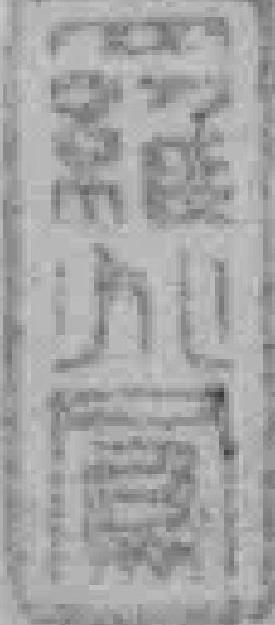
羅兆*